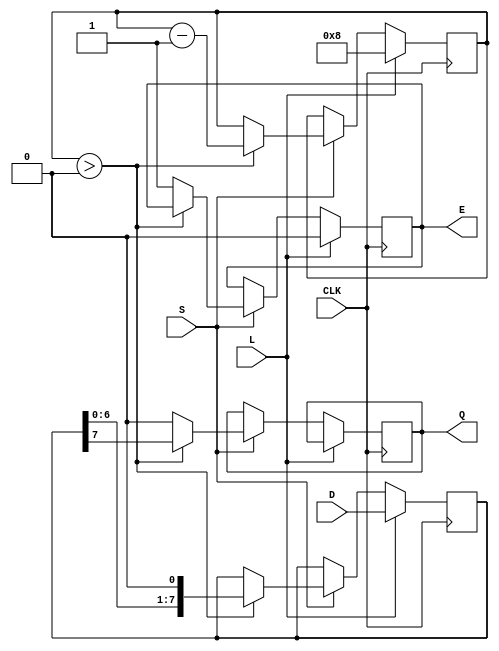
module PISO_Register #(
    parameter n = 8  // Parameter to define width of the register
)(
    input wire [n-1:0] D,     // Parallel data input
    input wire L,             // Load control signal
    input wire CLK,           // Clock signal
    input wire S,             // Shift control signal
    output reg Q,             // Serial output
    output reg E              // Empty flag output
);
    
    reg [n-1:0] SR;           // Shift register
    reg [3:0] count;          // Bit counter for empty status

    // Asynchronous reset (optional)
    // input wire RST; 
    
    always @(posedge CLK) begin
        if (L) begin
            SR <= D;          // Load parallel data to shift register
            count <= n;      // Set count to n (full), indicating full data loaded
            E <= 1'b0;       // Set empty signal to low when loading data
        end else if (S) begin
            if (count > 0) begin
                Q <= SR[n-1]; // Output most significant bit
                SR <= SR << 1; // Shift left (logical)
                count <= count - 1; // Decrement counter
            end else begin
                Q <= 1'b0;     // Default output when empty
                E <= 1'b1;     // Set empty signal high
            end
        end
    end
    
    // Optional reset functionality
    /*
    always @(posedge RST) begin
        SR <= 0;              // Clear the shift register
        E <= 1'b1;            // Set empty signal high
        count <= 0;           // Clear the counter
    end
    */

endmodule